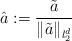
LaTeX: \begin{align*}\hat a:=\frac{\tilde a}{\|\tilde a\|_{l_2^d}}\end{align*}